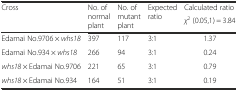
| <ROWSPAN=2> Cross | <ROWSPAN=2> No. of normal plant | <ROWSPAN=2> No. of mutant plant | <ROWSPAN=2> Expected ratio | Calculated ratio |
 | χ2 (0.05,1) = 3.84 |
 | --- | --- | --- | --- | --- |
 | Edamai No.9706 × whs18 | 397 | 117 | 3:1 | 1.37 |
 | Edamai No.934 × whs18 | 266 | 94 | 3:1 | 0.24 |
 | whs18 × Edamai No.9706 | 221 | 65 | 3:1 | 0.79 |
 | whs18 × Edamai No.934 | 164 | 51 | 3:1 | 0.19 |